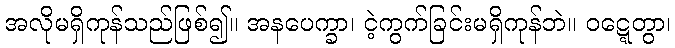
အလိုမရှိကုန်သည်ဖြစ်၍။ အနပေက္ခာ၊ ငဲ့ကွက်ခြင်းမရှိကုန်ဘဲ။ ဝဋ္ဋေတွာ၊